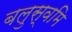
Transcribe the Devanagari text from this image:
बलुस्वमि